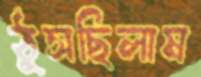
ঠুসছিলাম